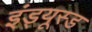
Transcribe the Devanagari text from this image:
इंड्यूस्ड